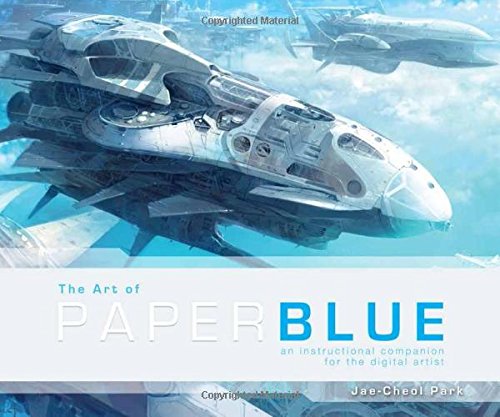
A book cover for The Art of Paperblue; Jae-Cheol Park; Arts & Photography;